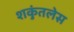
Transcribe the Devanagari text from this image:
शकुंतलेस